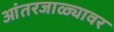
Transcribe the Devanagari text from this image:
आंतरजाळ्यावर